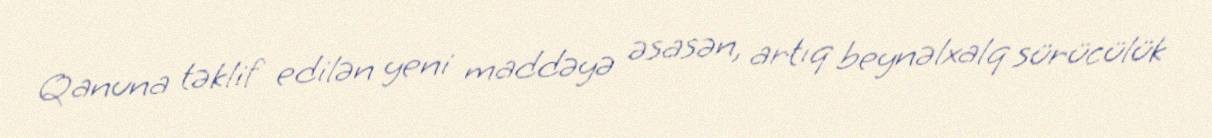
Qanuna təklif edilən yeni maddəyə əsasən, artıq beynəlxalq sürücülük